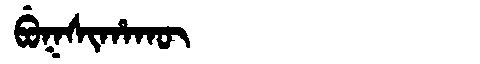
Manchu: ᠪᡠᡴᠰᡳᡥᠠᡴᡡ
Romanization: BUKSIHAKŪ